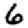
Digit: 6